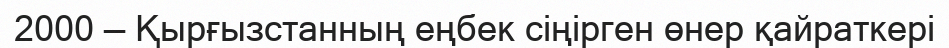
2000 — Қырғызстанның еңбек сіңірген өнер қайраткері